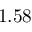
1 . 5 8